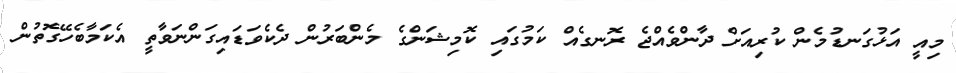
މިއީ އަޅުގަނޑުމެން ކުރިއަށް ދާންވެއްޖެ ރޮނގެއް ކަމުގައި ކޮމިޝަންގެ މެންބަރުން ދެކެވަޑައިގަންނަވާތީ އެކަމާބެހޭގޮތުން